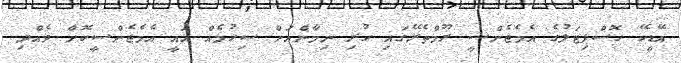
އޭޑީކޭ ހޮސްޕިޓަލުގެ އެމެޖެންސީ ރޫމްތެރޭގައި ހުރި ނިމާންއަށް ސިހުމެއް އައީ އެމެޖެންސީކޮށް ވެއްދި